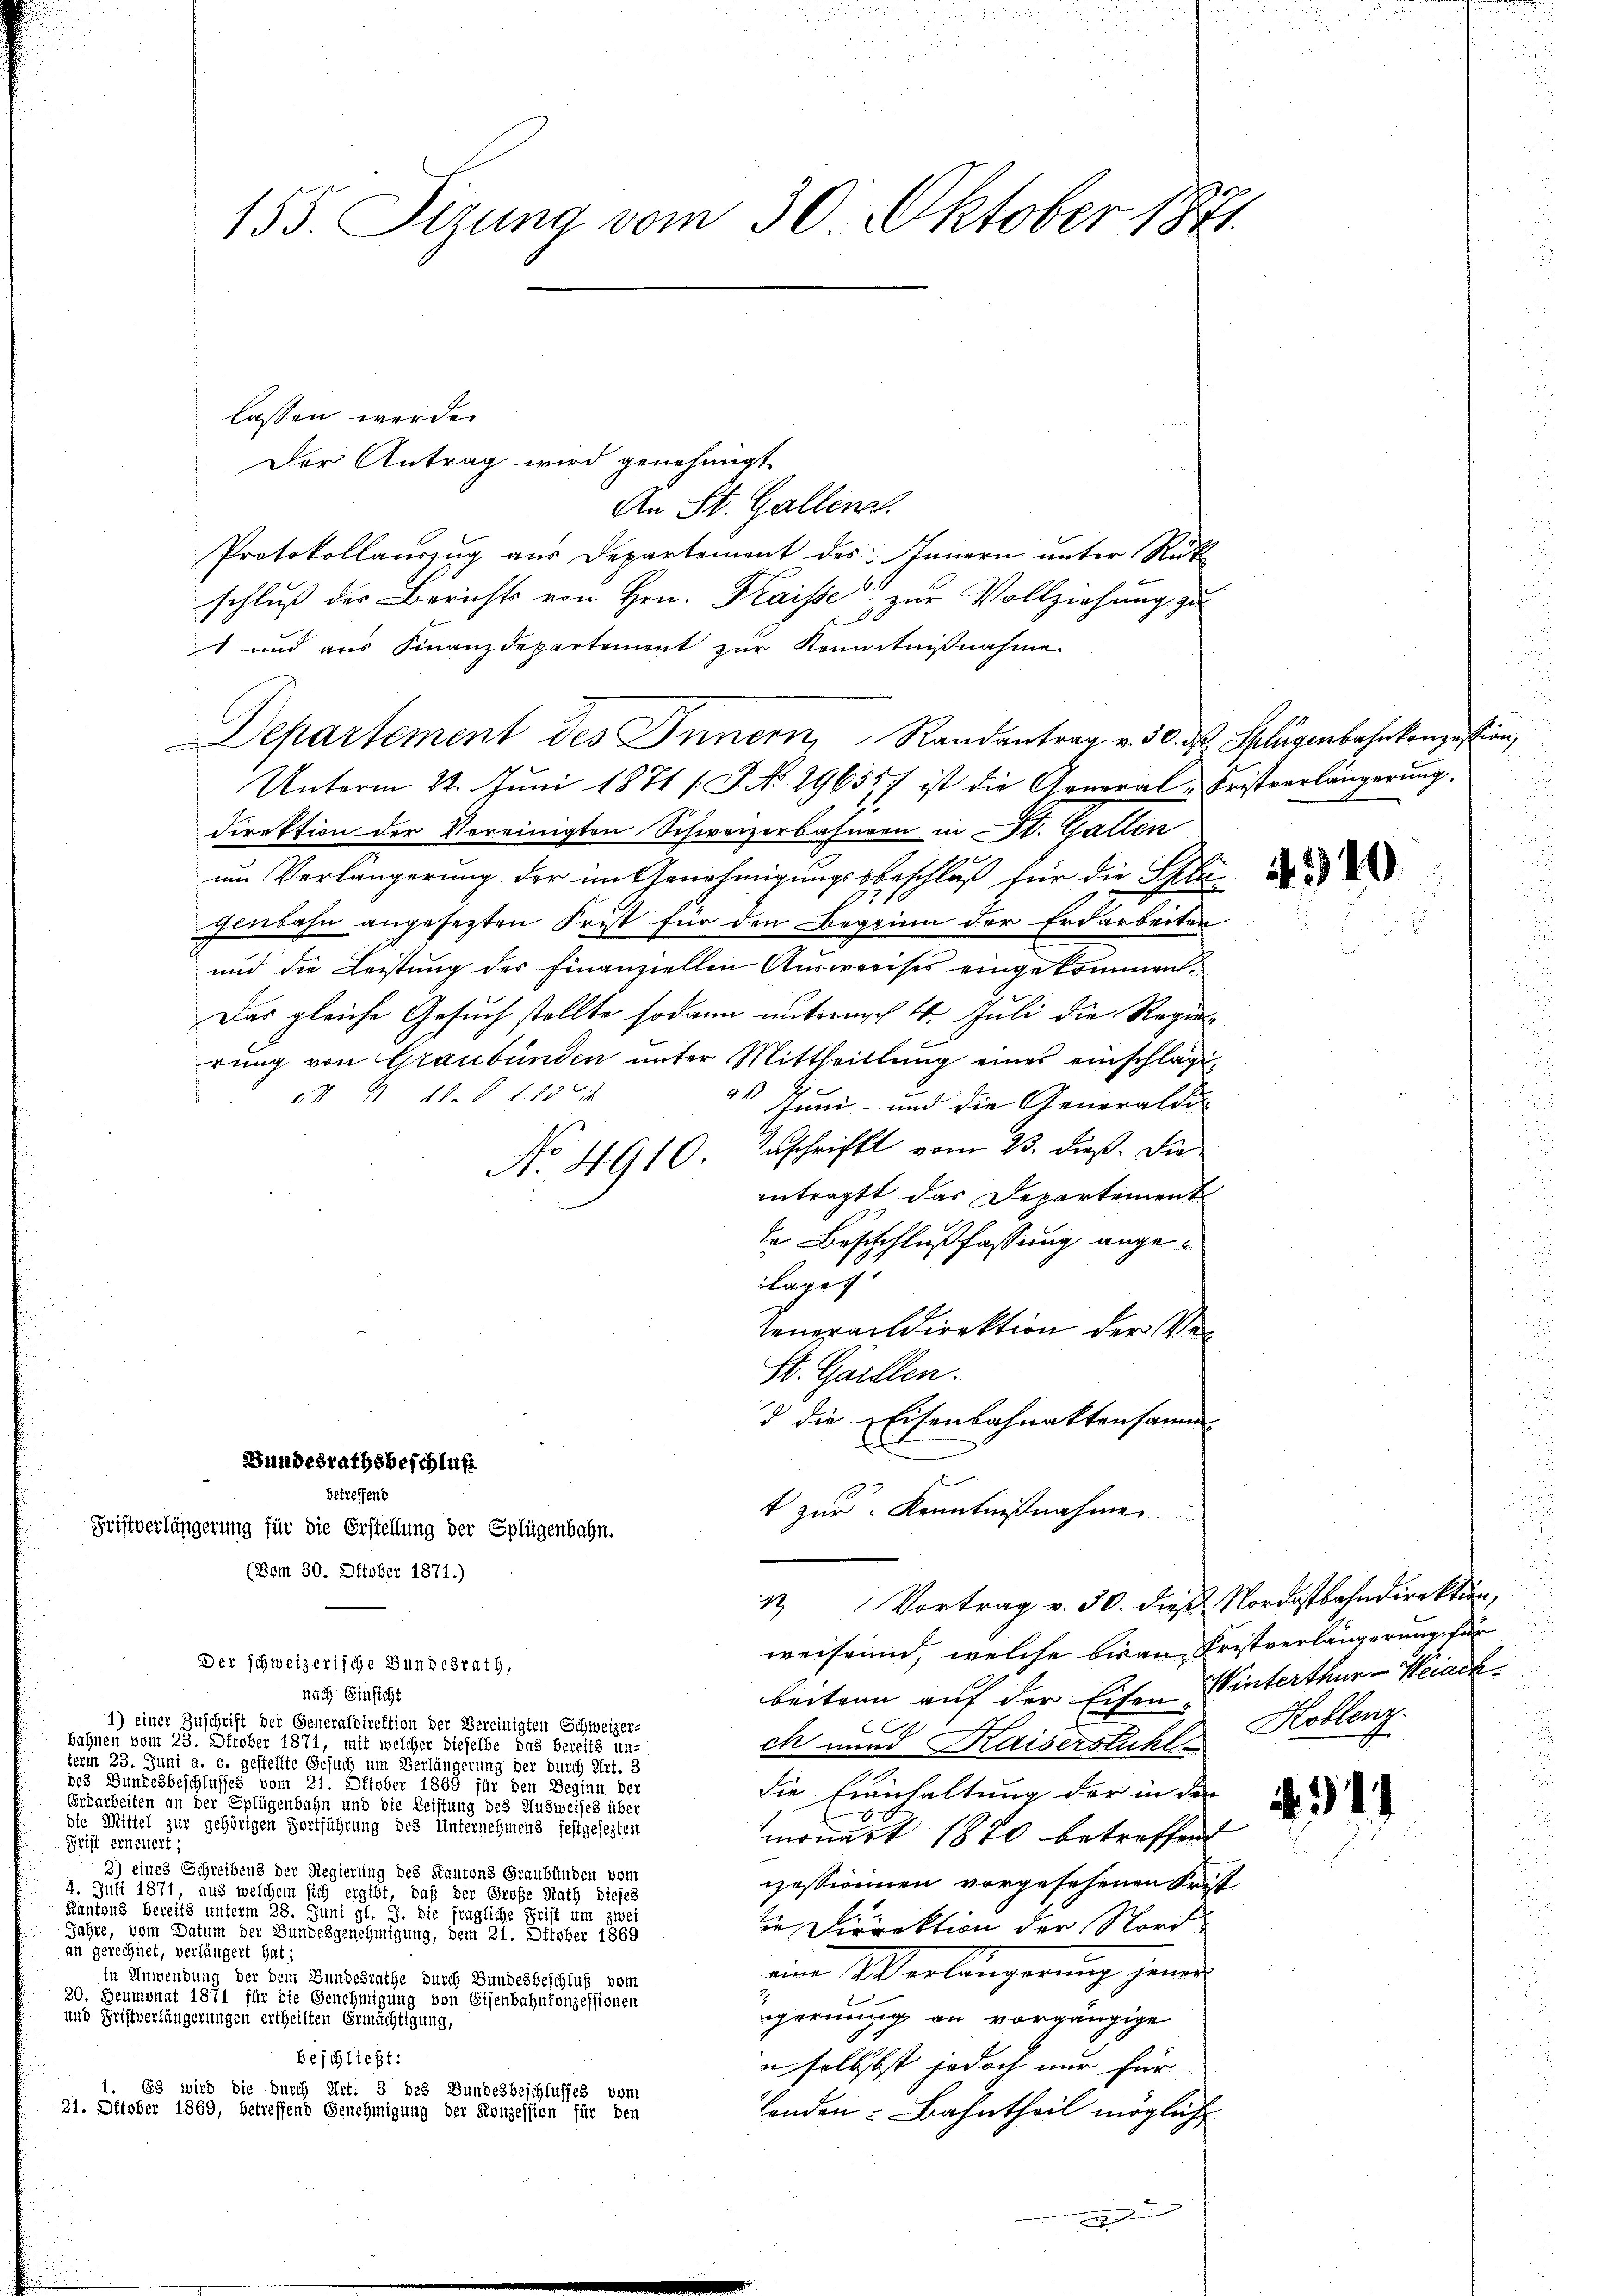
Frist erneuert:

155. Sizung vom 30. Oktober 1871

Der Antrag wird genehmigt
An St. Gallen.
Protokollauszug aus Departemont des Innern unter Rück
schluß der Berichts von Hrn. Kraisse zur Vollziehung zu
19
f
t und aus Finanzdepartement zur Kenntnißnahme
Departement des Innern, Randantrag v. 30. d. Splügenbahnkonzession,
Unterm 22. Juni 1871 [S. Nr. 29655/ ist die General-Fristverlängerung.
direktion der Vereinigten Schweizerbahnern in St. Gallen
um Verlängerung der im Genehmigungsbeschluß für die Plugenbahn angesezten Frist für den Begrinn der Erdarbeiten
und die Leistung des finanziellen Ausweises eingekommen.
Das gleiche Gesuch stellte sodann unternach 4. Juli die Regenrung von Graubünden unter Mittheillung eines einschläge¬
II § 18. d. 1. 1374
2t Juni - und die Generaldi
E
A. 4910. Zuschrift vom 23. dieß. Die
antragt das Departement
de Beschlußfassung angeluges
teneraldirektion der Ver¬
St. Gallen.
d die Eisenbahnaktensamm
Bundesrathsbeschluß
betreffend
t zur Kenntnißnahme
Fristverlängerung für die Erstellung der Splügenbahn.
(Bom 30. Oktober 1871.)
1 Vortrag v. 30. dieß Nordostbahndirektion,
weisen, welche bis an Fristverlängerung für
Der schweizerische Bundesrath,
beitann auf der Eisen Winterthur–Weiach
nach Einsicht
1) einer Zuschrift der Generaldirektion der Bereinigten Schweizer-
ch und Kaiserstuhl Koblenz
bahnen vom 23. Oktober 1871, mit welcher dieselbe das Bereits un-
 13. Juni a. c. gestellte Gesuch um Verlängerung der durch Art. 3
des Bundesbeschlussessen einen die ober 1863 für den Beginn der
die Einnhaltung der in der
Erdarbeiten an der Spfügenbahn und die Leistung des Ausweises über
die Mittel zur gehörigen Fortführung des Unternehmens festgesehen
monast 1870 betreffend
3) eines Schreibens der Regierung des Kantons Graubünden vom
izessionien vorgesehenen Frist
4. Juli 1871,                                              diese Nach dieses
Kantons bereits unterm 20. Seiterer
ie Direktion der Nord¬
Jahre, vom Datum der Bundesgenehmigung, dem 31. Oktober 1869
an gerechnet, verlängert hat;
ein Verlängerung jener
in Anwendung der dem Bundesrathe durch Bundesbeschluß vom
30. Heumont löst für die Genehmigung von Eisenbahnkonzessionen
rgerinzig an vorgängige
und Fristverlängerungen ertheilten Ermächtigung,
beschließt:
n selbstst jedoch nur für
1. 63 wird die durch Art. 3 des Bundesbeschlusses vom
21. Oktober 1869, betreffend Genehmigung der Konzession für den
Landen: Bahntheil mögliche
e

lassen werde.

4940

4